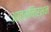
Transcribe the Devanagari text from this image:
आत्मनिर्भन